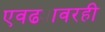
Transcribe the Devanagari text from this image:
एवढ्यावरही